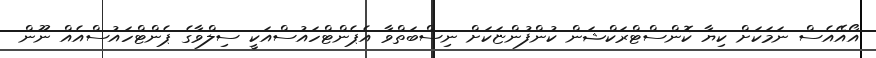
އޯއޭއެސް ނަމަކަށް ކިޔާ ކޮންސްޓްރަކްޝަން ކުންފުންޏަކަށް ނިސްބަތްވާ އެޕެންޓްހައުސްއަކީ ސިލްވާގެ ޕެންޓްހައުސްއެއް ނޫން